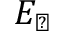
E _ { \perp }